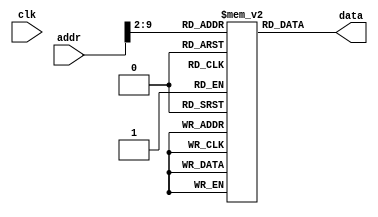
module im (
  input clk,
  input [31:0] addr,
  output [31:0] data
);
  reg [31:0] mem [0:255];  
  integer i=0;
 initial begin
	for (i=0; i<250; i=i+1) mem[i] = 32'b0;//mem[i] = 32'b0; 8 addi $t0, $0, 7
    mem[40] = 32'b001000_00000_01000_0000000000000111; //addi $t0, $0, 7
	 mem[41] = 32'b001000_00000_01001_0000000000001000; //addi $t1, $0, 8
	 //mem[3] = 32'b000100_01000_01001_0000000000000001;//beq $t0, $t1, 1
	 
	 mem[42] = 32'b000011_00000_00000_0000000000001011;//jal 10;
	 mem[43] = 32'b000000_01000_01001_01010_00000_100000;//add $t2, $t0, $t1
	 mem[44] = 32'b101011_00000_01010_0000000000000000;//sw $t2, 0($t0)
	 mem[45] = 32'b000000_01000_01010_01010_00000_100000;//add $t2, $t0, $t2
	 mem[46] = 32'b100011_00000_01011_0000000000000000;//lw $t3, 0($t0)
	 mem[47] = 32'b000010_00000_00000_0000000000001101;//j 13;
	 
	 mem[12] = 32'b000000_11111_00000_00000_00000_001000; //jr $ra;
	 /*mem[2] = 32'b001000_01000_01000_0000000000000111; //addi $t0, $t0, 7
	 mem[3] = 32'b001000_00000_01001_0000000000000001; //addi $t1, $0, 1
	 mem[4] = 32'b000000_01000_01001_01010_00000_100000;//add $t2, $t0, $t1
	 mem[5] = 32'b101011_00000_01010_0000000000000000;//sw $t2, 0($t0)
	 mem[6] = 32'b100011_00000_01011_0000000000000000;//lw $t3, 0($t0)*/
	 /*mem[2] =32'h21280009;//addi $t0, $t1, 9
    mem[3] =32'h01098824;//and $s1, $t0, $t1
    mem[4] =32'h01099025;//or $s2, $t0, $t1

    mem[5] =32'hac090000;//sw $t1, 0($0)
    mem[6] =32'h8c170000;//lw $t0, 0($)
*/
    /*
    mem[1] =32'h21300010; //addi $s0, $t1, 2
mem[2]=32'h360b0000; //ori  $t3, $s0, 0
mem[3]=32'h320b0006; //andi $t3, $s0, 6
mem[4]=32'had700000; //sw   $s0, 0($t3)
mem[5]=32'h8d6c0000; //lw   $t4, 0($t3)*/

//mem[10] = 32'b001000_00000_01000_0000000000000111;
/*
  mem[1] = 32'h21480005; //   addi $t0, $t2, 5
mem[2] = 32'h0C000004; //   jal b
mem[3] = 32'h21480004; //   addi $t0, $t2, 4
mem[4] = 32'h21300002; //b: addi $s0, $t1, 2
//0000 0011 1110 0000 0000 0000 0000 1000
mem[5] = 32'h03E00008; // jr $ra
mem[6] = 32'b
*/
  end
  assign data = mem[addr>>2];
 
endmodule